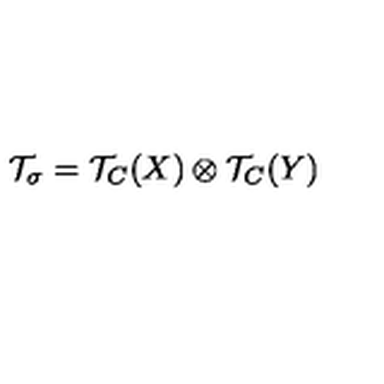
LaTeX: { \cal T } _ { \sigma } = { \cal T } _ { C } ( X ) \otimes { \cal T } _ { C } ( Y )